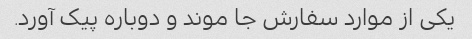
یکی از موارد سفارش جا موند و دوباره پیک آورد.